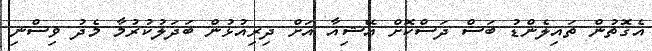
އެގޮތުން ތައިލެންޑު ބަސް ދަސްކޮށް އޭޝިއާ އަށް ދިރިއުޅުން ބަދަލުކުރުމާ މެދު ވިސްނި